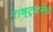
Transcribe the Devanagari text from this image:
राष्ट्रानेच